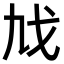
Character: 𢦎